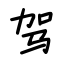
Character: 驾